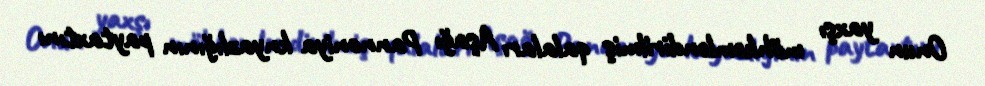
Onun yaxşı möhkəmləndirilmiş qalaları Aşağı Pannoniya knyazlığının paytaxtını